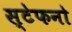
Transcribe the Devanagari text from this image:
स्टेफनो